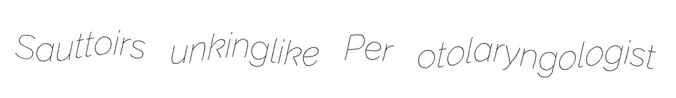
Sauttoirs unkinglike Per otolaryngologist